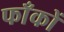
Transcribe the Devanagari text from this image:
फाँकों